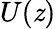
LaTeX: U(\mathit{z})